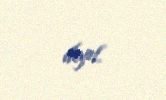
deyil.